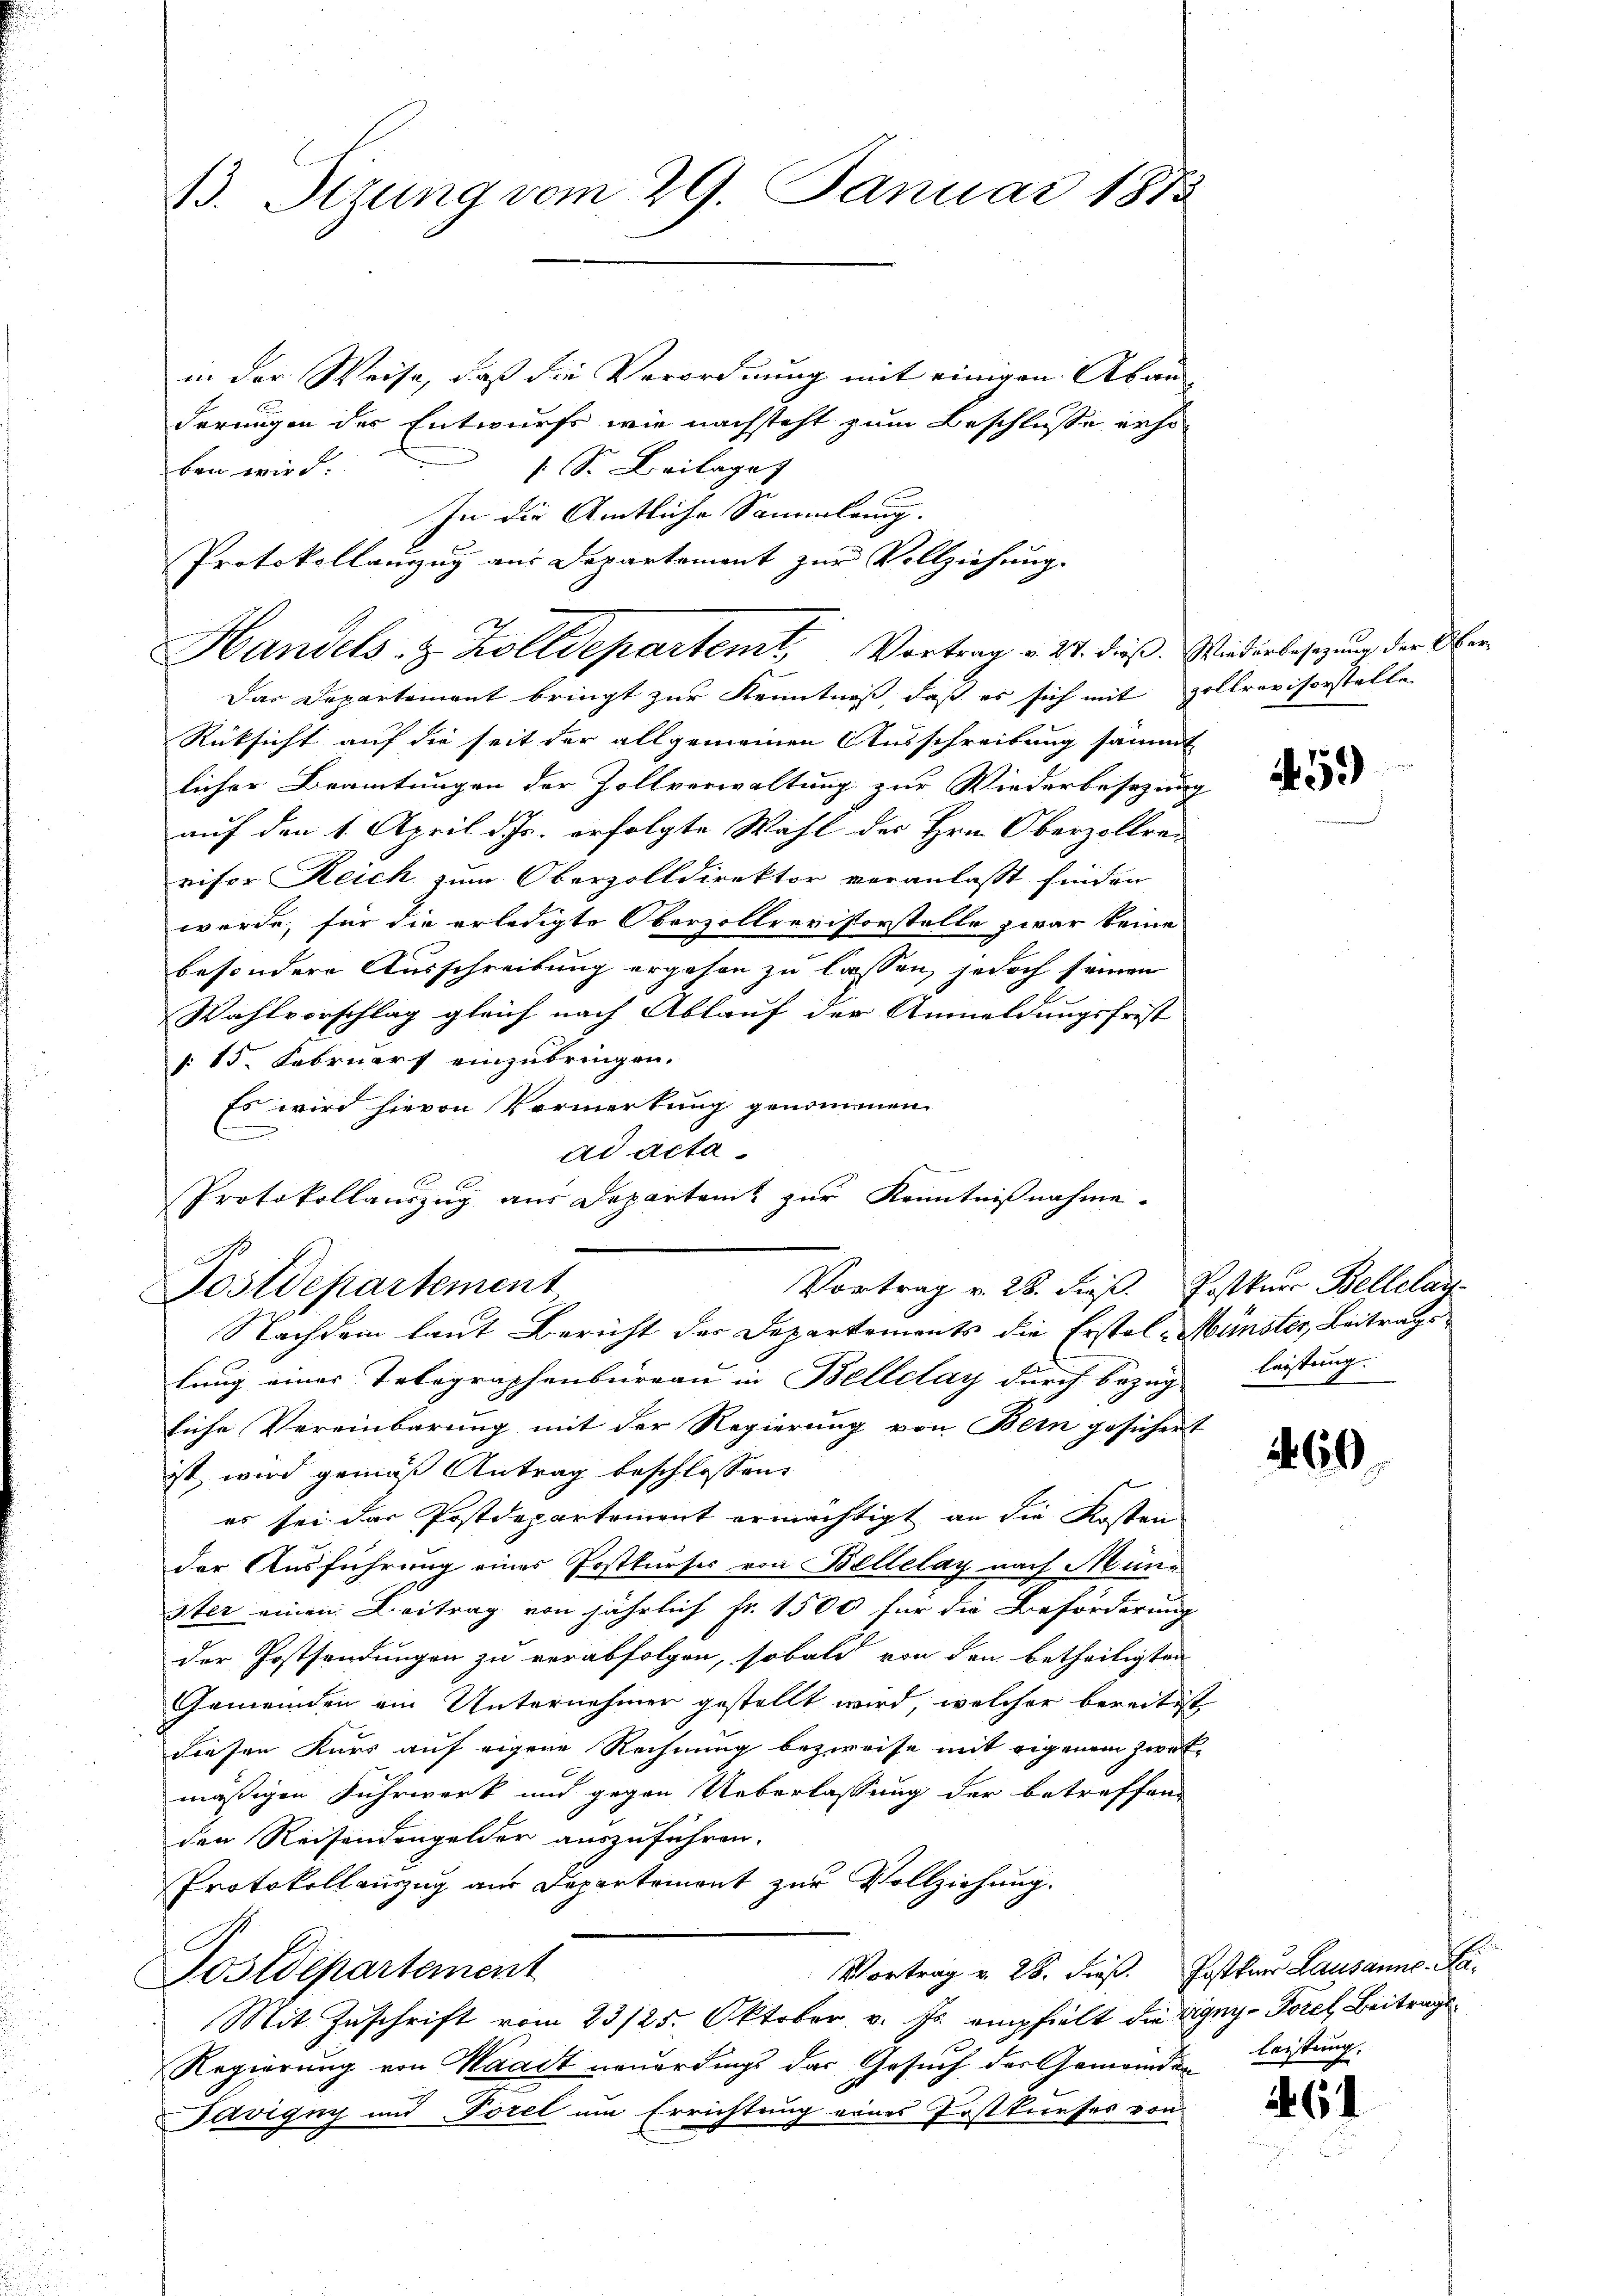
13. Stzung vom 29. Januar 1873

in der Weise, daß die Verordnung mit einigen Aban
derungen des Entwurfs wie nachsteht zum Beschlusse erhos S. Beilaget
ben wird.
In die Amtliche Sammlung.
Protokollanzug aus Departement zur Vollziehung.

Handels- & Zolldepartemt, Vortrag v. 24. dieß. Wiederbesetzung der Ober

Vortrag v. 28. dieß. Postkur Bellelay-
Postdepartement
Nachdem laut Bericht der Departements die Erstel-Münster, Beitrage

Das Departement bringt zur Kenntniß, daß es sich mit Hollrevisorstelle
Rücksicht auf die seit der allgemeinen Ausschreibung sämmt
licher Beamtungen der Zollverwaltung zur Wiederbesezung
auf den 1. April d. Js. erfolgte Wahl des Hrn. Oberzollre-
visor Reich zum Oberzolldirektor veranlaßt finden
werde, für die erledigte Oberzolleristorstelle zwar keine
besondere Ausschreibung ergehen zu lassen, jedoch seinen
Wahlvorschlag gleich nach Ablauf der Anmeldungsfrist
§. 15. Februars einzubringen.
Es wird hievon Vormerkung genommen
ad acta
Protokollauszug aus Departamt zur Kenntnißnahme.

lung eines Telegraphenbureau in Bellelay durch bezug leistung.
Eiche Vereinbarung mit der Regierung von Bern gesichert
ist, wird gemäß Antrag beschlossen:
es sei das Postdepartement ermächtigt an die Kosten
der Ausführung eines Postkurses von Bellelay nach Mün-
ster einen Beitrag von jährlich Fr. 1500 für die Beförderung
der Postsendungen zu verabfolgen, sobald von den betheiligten
Gemeinden ein Unternehmer gestellt wird, welcher bereitsst
diesen Kurs auf eigene Rechnung bezweife mit eigenem Zweckmäßigen Fuhrwerk und gegen Ueberlassung der betreffen
den Reisendengelder auszuführen.
Protokollauszug aus Departement zur Vollziehung.
Vortrag v. 28. dieß. Postfuer Lausanne. Da¬
Postdepartement
Mit Zuschrift vom 23/25. Oktober v. Js. empfielt die vigny-Forel, Beitrage
Regierung von Waadt neuerdings das Gesuch der Gemeinden
Tervigny und Forel um Errichtung eines Erstkurses von

59)

260

leistung.

61

u